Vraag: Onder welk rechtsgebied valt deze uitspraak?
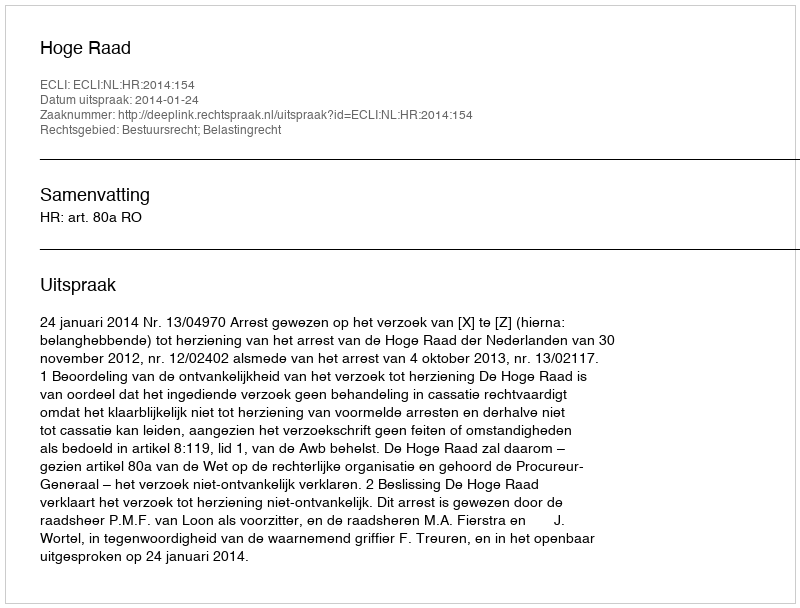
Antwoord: Bestuursrecht; Belastingrecht